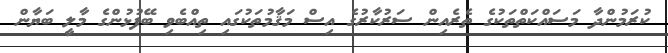
ކުރަމުންދާ މަސައްކަތްތަކުގެ ތެރެއިން ސަރުކާރުގެ އިސް މަޤާމުތަކުގައި ތިއްބެވި ބޭފުޅުންގެ މާލީ ބަޔާން